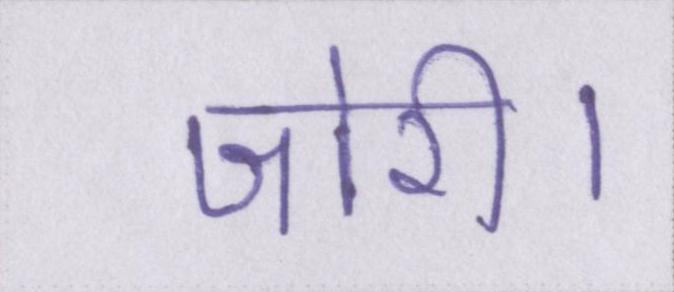
जोरी।